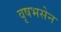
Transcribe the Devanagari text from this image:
वृषभसेन